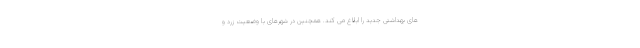
های بهداشتی جدید را ابلاغ می کند. همچنین در شهرهای با وضعیت زرد و